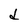
Character: d